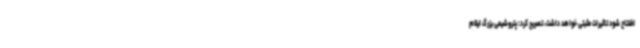
افتتاح شود تاثیرات مثبتی خواهد داشت، تصریح کرد: پتروشیمی بزرگ ایلام